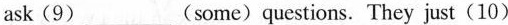
ask(9)_(some)questions. They just (10)